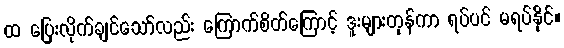
ထ ပြေးလိုက်ချင်သော်လည်း ကြောက်စိတ်ကြောင့် ဒူးများတုန်ကာ ရပ်ပင် မရပ်နိုင်။